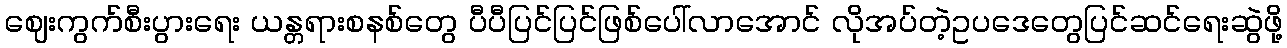
ဈေးကွက်စီးပွားရေး ယန္တရားစနစ်တွေ ပီပီပြင်ပြင်ဖြစ်ပေါ်လာအောင် လိုအပ်တဲ့ဥပဒေတွေပြင်ဆင်ရေးဆွဲဖို့